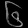
Digit: ၆